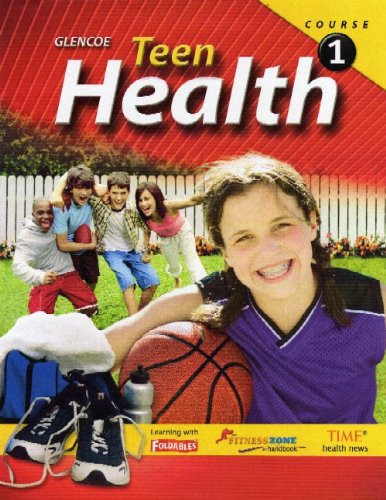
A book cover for Teen Health, Course 1, Student Edition; McGraw-Hill Education; Health, Fitness & Dieting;